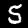
Digit: 5